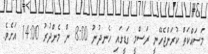
މަސައްކަތް ކުރަންޖެހޭނީ ރަސްމީ ގަޑީގައި ހެނދުނު 8:00 ން މެންދުރު 14:00 އަށެވެ.